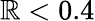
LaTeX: \mathbb{R}<0.4